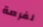
لفرصة